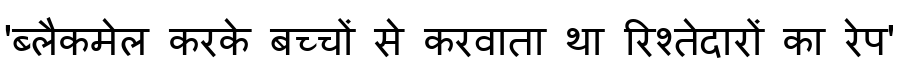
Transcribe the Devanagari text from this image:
'ब्लैकमेल करके बच्चों से करवाता था रिश्तेदारों का रेप'